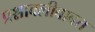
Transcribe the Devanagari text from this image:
प्रश्नावलीबाबत